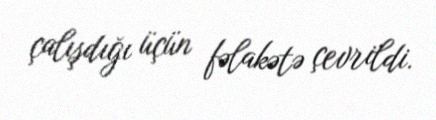
çalışdığı üçün fəlakətə çevrildi.